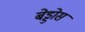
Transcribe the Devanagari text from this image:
बेड्डोस